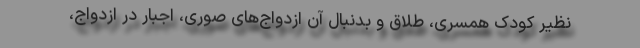
نظیر کودک همسری، طلاق و بدنبال آن ازدواج‌های صوری، اجبار در ازدواج،